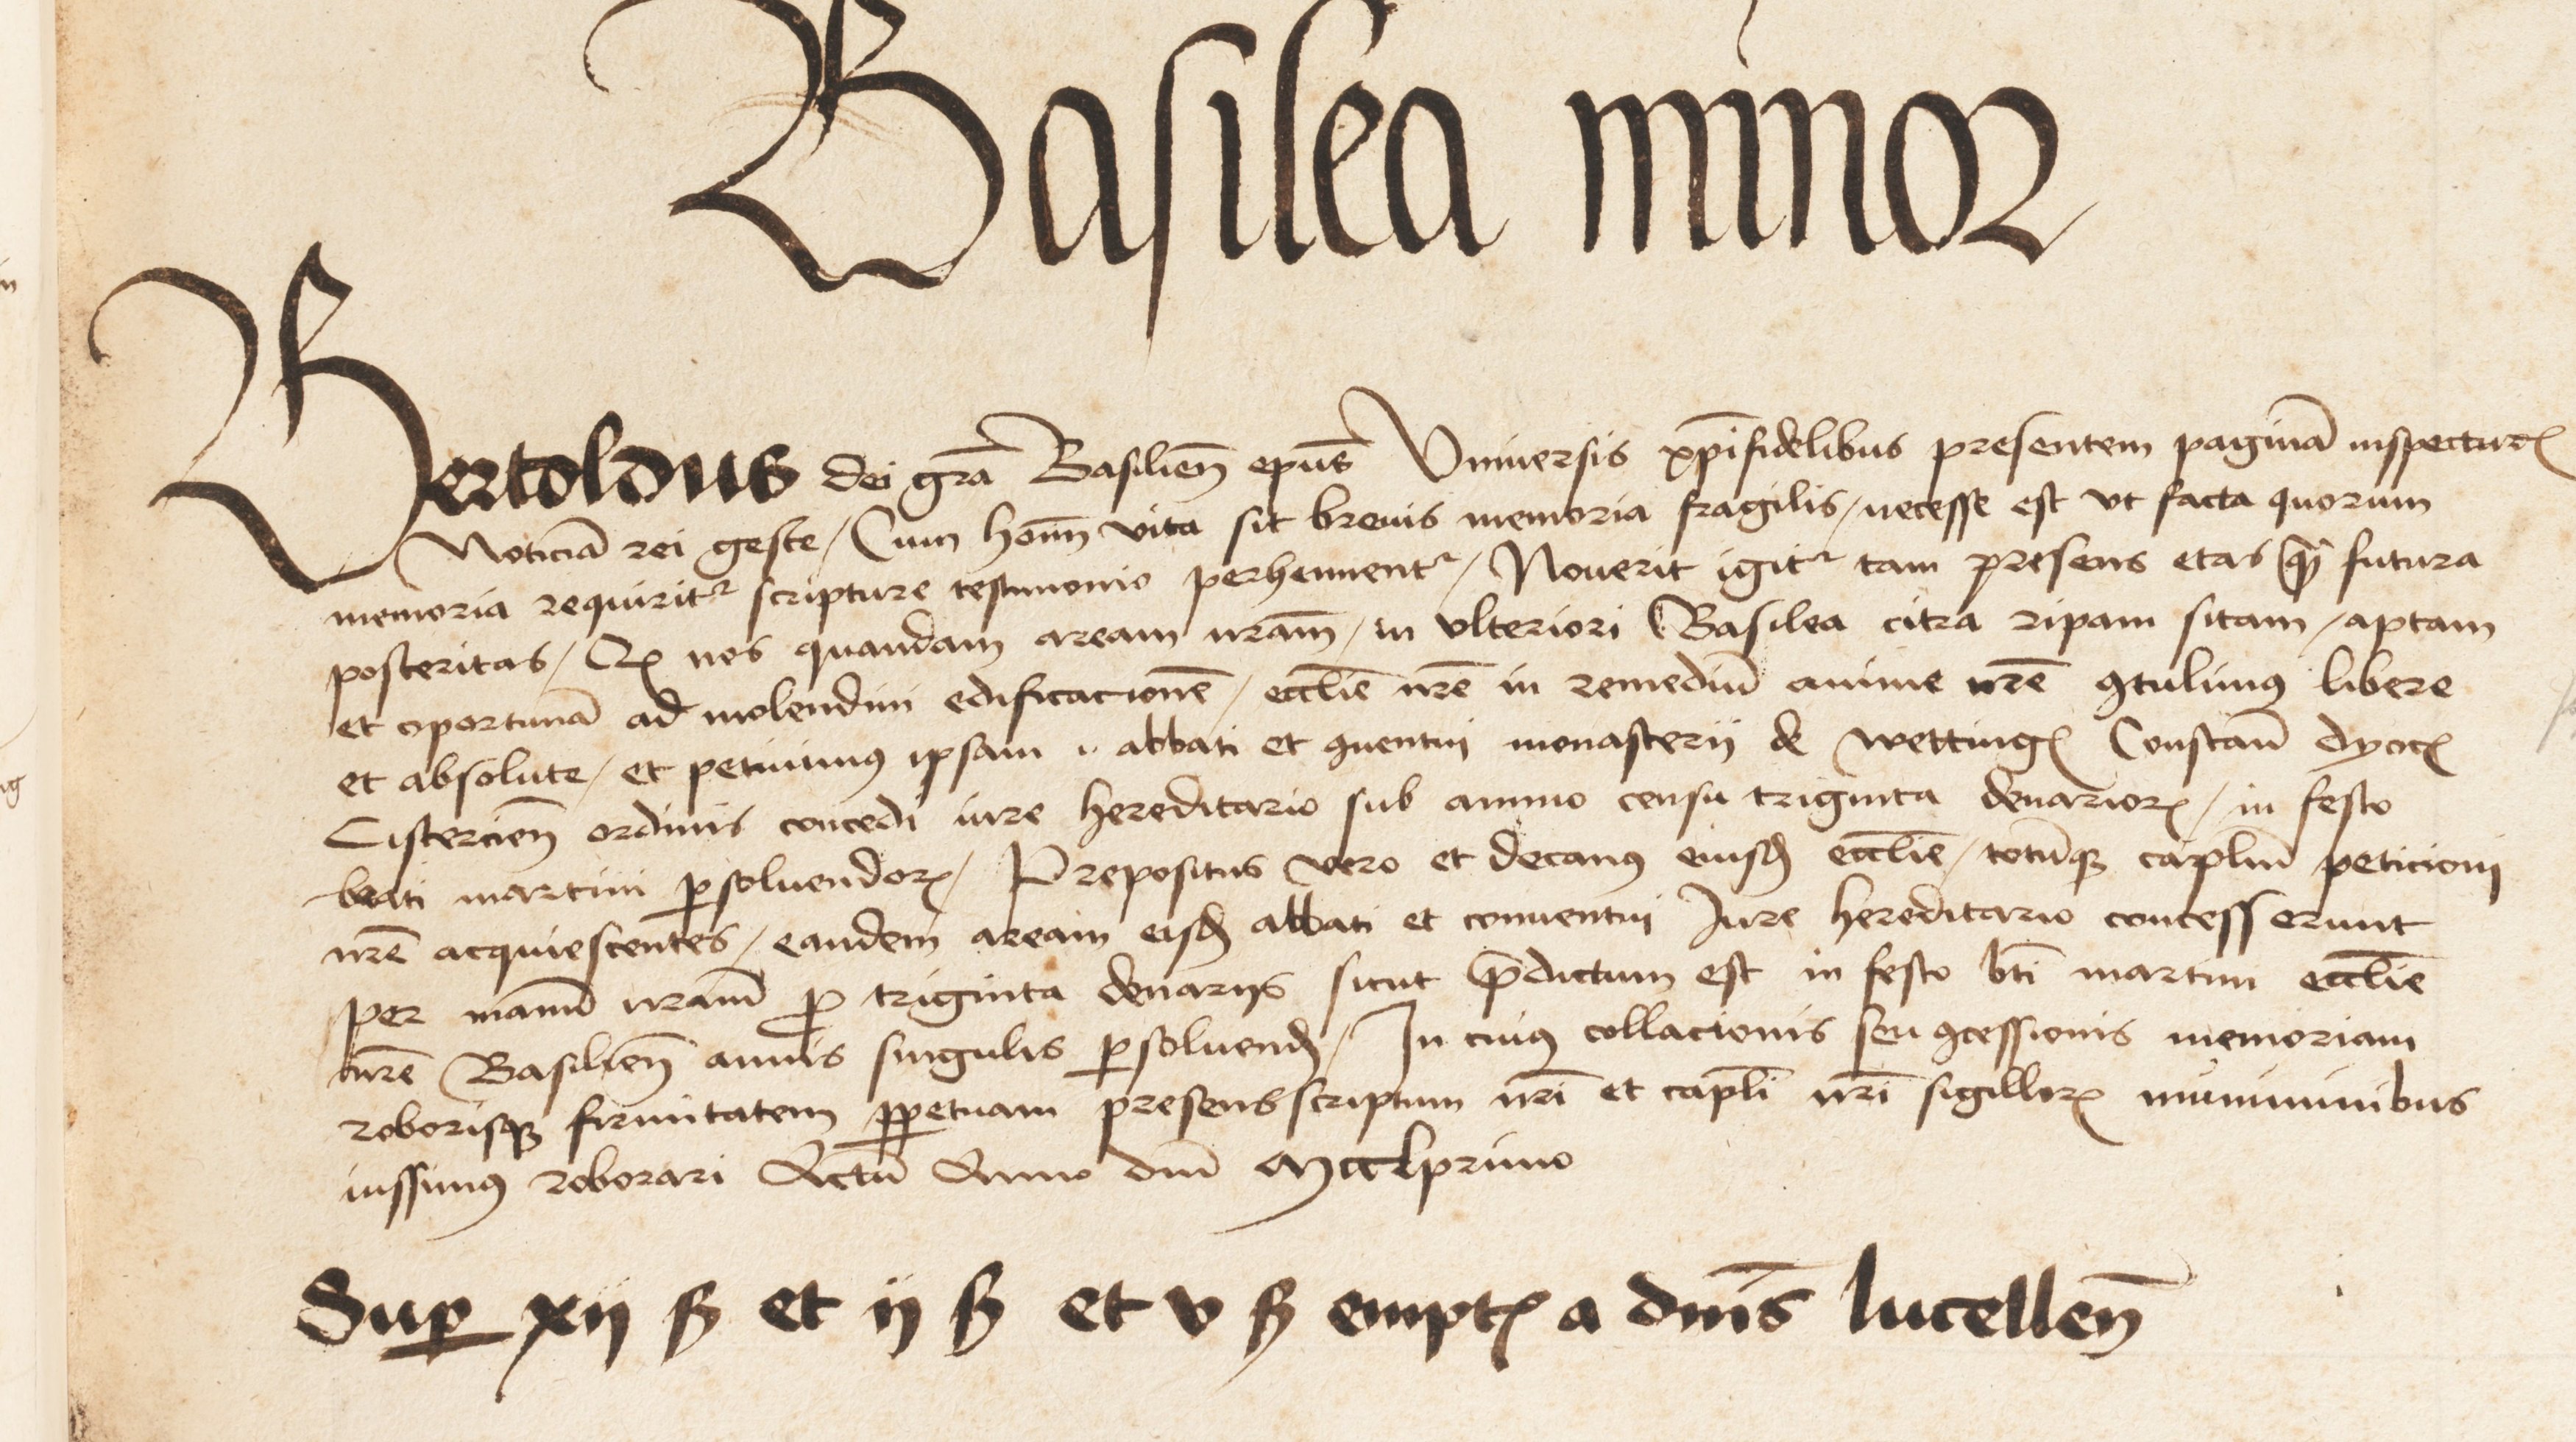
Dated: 1475–1505